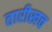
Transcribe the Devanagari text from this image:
तारीखच